system: You are a helpful assistant.
user:
Analyze the provided spectrum to determine if it is a **White Dwarf (WD)**.

A White Dwarf spectrum is defined by its **extreme purity** (due to gravitational settling) and/or **extreme pressure broadening** (due to high surface gravity). You must check for one of the following mutually exclusive signatures:

- **Key Visual Indicators (Check for ONE of these types):**

    - **1. DA-Type Signature (Most Common):**
        - **(Primary Feature):** Extreme pressure broadening (Stark broadening) of the **Hydrogen (H) Balmer lines**.
        - **(Key Lines):** $H\beta$ (approx. $4861$ Å) and $H\gamma$ (approx. $4340$ Å). $H\alpha$ (approx. $6563$ Å) will also be present if the wavelength range covers it.
        - **(Line Profile):** This is the **defining feature**. The lines are **NOT** sharp. They appear as massive, **extremely broad and deep "troughs" or "dips"** in the spectrum, often hundreds of Ångströms wide. The continuum will appear to "scoop" down at these wavelengths.
        - **(Distinction):** Normal A-type or B-type stars have *narrow* and *sharp* Hydrogen lines. A DA White Dwarf's lines are unmistakably "smeared" or "blurry" from pressure.

    - **2. DB-Type Signature:**
        - **(Primary Feature):** Broad absorption lines from **Neutral Helium (He I)**. The spectrum must lack any visible Hydrogen lines.
        - **(Key Lines):** Look for broad absorption near $4471$ Å, $4921$ Å, and $5876$ Å.
        - **(Line Profile):** These lines are also significantly pressure-broadened, appearing much wider than they would in a normal B-type main-sequence star.

    - **3. DC-Type Signature:**
        - **(Primary Feature):** A **featureless continuous spectrum**.
        - **(Line Profile):** The spectrum is a smooth curve with **no significant absorption or emission lines**.
        - **(Key Confirmation):** The continuum is almost always **blue or white**, indicating a hot object. This signature implies the atmosphere is so pure (or so cool) that no spectral lines are visible in the optical range. Its WD identity is confirmed by its extremely low intrinsic brightness (high absolute magnitude).

    - **4. DZ-Type Signature (Metal-Polluted):**
        - **(Primary Feature):** **Isolated, narrow metal absorption lines** on an otherwise featureless (DC-like) continuum.
        - **(Key Lines):** The **Calcium (Ca II) H & K doublet** (approx. **$3934$ Å** and **$3968$ Å**) is the most common and defining feature.
        - **(Line Profile):** These lines are "out of place." They are *not* part of a "forest" of thousands of lines. This signature is evidence of recent *accretion* (pollution) from rocky debris.
        - **(Distinction):** Normal G/K/M stars have a *dense forest* of thousands of metal lines. A DZ has a *clean* continuum with *only a few* strong metal lines.

    - **5. DQ-Type Signature (Carbon-Polluted):**
        - **(Primary Feature):** Absorption bands from **Carbon (C₂ "Swan Bands" or atomic C I)**.
        - **(Key Lines - C₂):** Look for bandheads with a "saw-tooth" shape near $5635$ Å, **$5165$ Å** (strongest), and $4737$ Å.
        - **(Key Confirmation):** The underlying **continuum must be blue or white** (hot).
        - **(Distinction):** This is the critical difference from a **Carbon Star**, which has the *exact same* C₂ bands but on an extremely **red, cool** continuum.

- **(Overall Spectrum):**
    - The continuum (overall shape) is typically **blue-sloping** (brighter in the blue than the red), as most white dwarfs are very hot.
    - The spectrum will look "pure" or "simple," dominated by only *one* of the five signatures listed above.

Think first, call **spectral_visualization_tool** if needed to examine features in detail, then provide your final answer. Your response must adhere to the following strict rules:
1.  **Overall Structure:** Your response must follow the format `<think>...</think> <tool_call>...</tool_call> (if a tool is used) <answer>...</answer>`.
2.  **Tool Usage Constraint:** You may only make **one** tool call per turn.
3.  **Final Answer Format:** In the `<answer>` tag, your conclusion must be inside a `\boxed{}` command (e.g., `\boxed{YES}` or `\boxed{NO}`), followed by your justification.

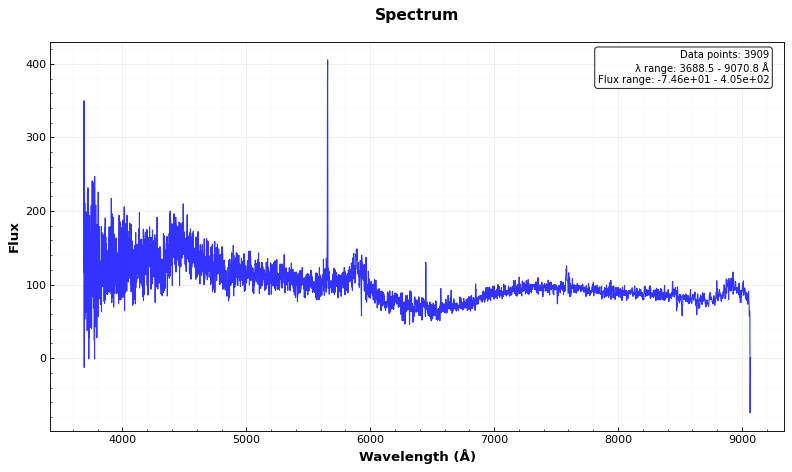
Answer: YES